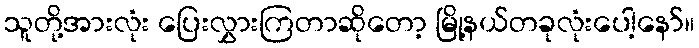
သူတို့အားလုံး ပြေးလွှားကြတာဆိုတော့ မြို့နယ်တခုလုံးပေါ့နော်။